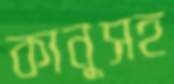
কানুসহ